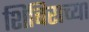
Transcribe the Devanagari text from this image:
शिबिराच्या